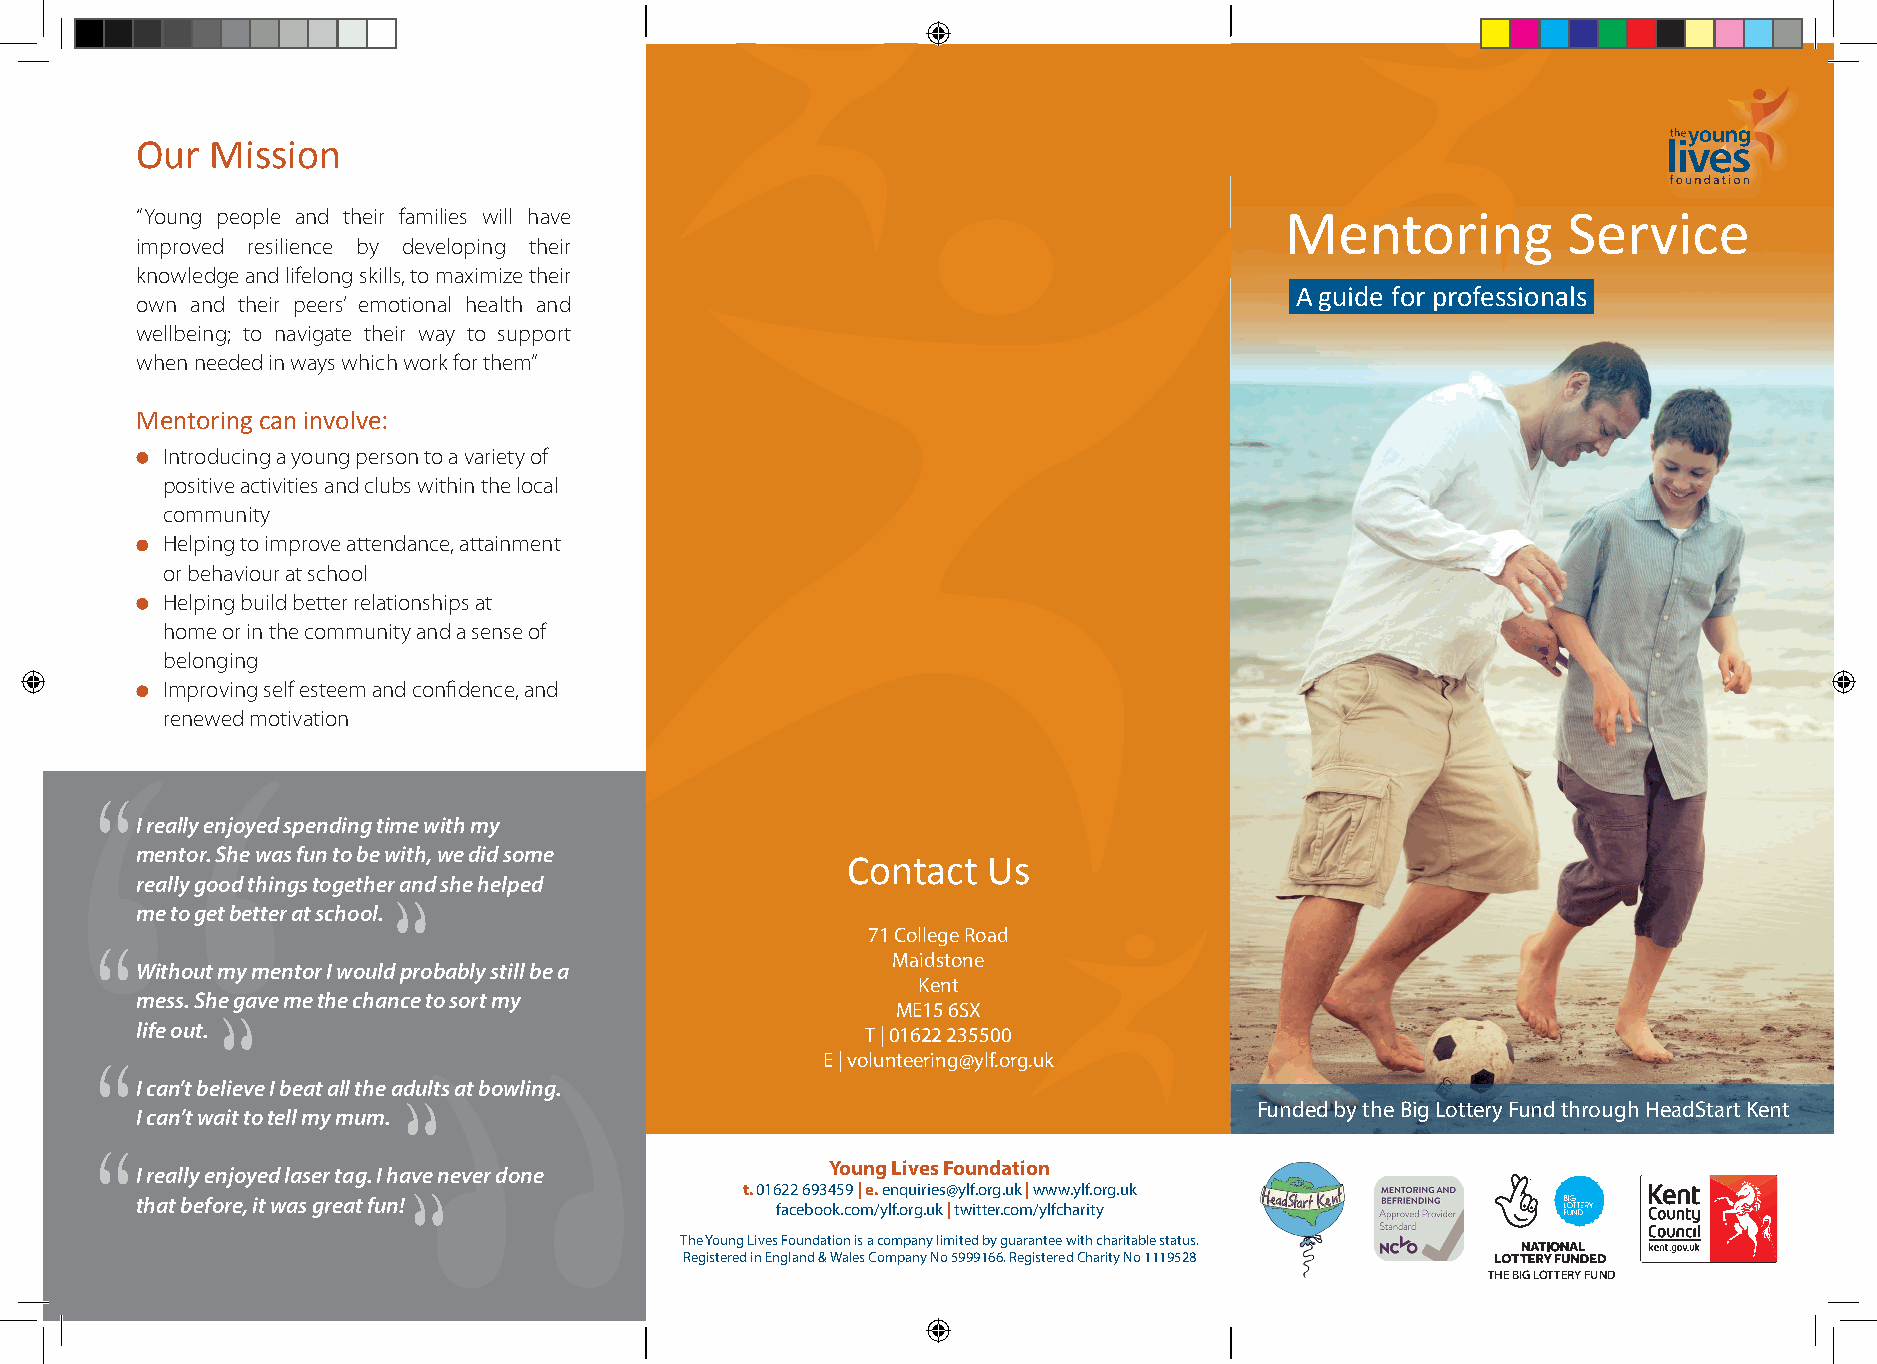
Our  Mission
 “Young people and their families will have                                  Mentoring          Service
 improved resilience by developing their
 knowledge and lifelong skills, to maximize their
 A guide for professionals
 own and their peers’ emotional health and
 wellbeing; to navigate their way to support
 when needed in ways which work for them”
 Mentoring can involve:
 Introducing a young person to a variety of
 positive activities and clubs within the local
 community
 Helping to improve attendance, attainment
 or behaviour at school
 Helping build better relationships at
 home or in the community and a sense of
 belonging
 Improving self esteem and confidence, and
 renewed motivation
 I really enjoyed spending time with my
 mentor. She was fun to be with, we did some    Contact  Us
 really good things together and she helped
 me to get better at school.
 71 College Road
 Maidstone
 Without my mentor I would probably still be a
 Kent
 mess. She gave me the chance to sort my
 ME15 6SX
 life out.
 T | 01622 235500
 E | volunteering@ylf.org.uk
 I can’t believe I beat all the adults at bowling.
 Funded by the Big Lottery Fund through HeadStart Kent
 I can’t wait to tell my mum.
 Young Lives Foundation
 I really enjoyed laser tag. I have never done
 t. 01622 693459 | e. enquiries@ylf.org.uk | www.ylf.org.uk
 that before, it was great fun!
 facebook.com/ylf.org.uk | twitter.com/ylfcharity
 The Young Lives Foundation is a company limited by guarantee with charitable status.
 Registered in England & Wales Company No 5999166. Registered Charity No 1119528
 THE BIG LOTTERY FUND